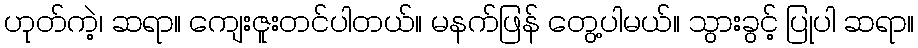
ဟုတ်ကဲ့၊ ဆရာ။ ကျေးဇူးတင်ပါတယ်။ မနက်ဖြန် တွေ့ပါမယ်။ သွားခွင့် ပြုပါ ဆရာ။